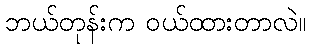
ဘယ်တုန်းက ဝယ်ထားတာလဲ။